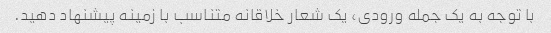
با توجه به یک جمله ورودی، یک شعار خلاقانه متناسب با زمینه پیشنهاد دهید.